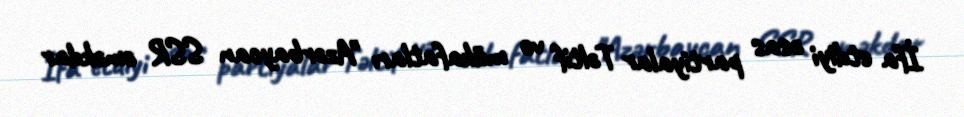
İfa etdiyi əsas partiyalar Təltif və mükafatları "Azərbaycan SSR əməkdar